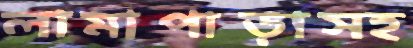
লামাপাড়াসহ